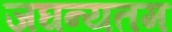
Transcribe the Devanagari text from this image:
जघन्यतम